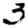
Digit: 3